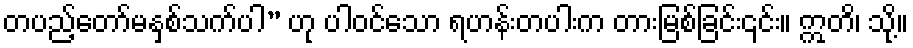
တပည့်တော်မနှစ်သက်ပါ” ဟု ပါဝင်သော ရဟန်းတပါးက တားမြစ်ခြင်း၎င်း။ ဣတိ၊ သို့။